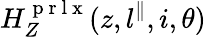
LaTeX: H_{Z}^{\mathrm{~p~r~l~x~}}(z,l^{\parallel},i,\theta)